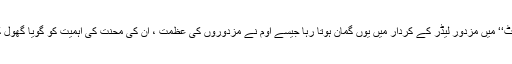
جیسے فلم’’ اگھاٹ‘‘ میں مزدور لیڈر کے کردار میں یوں گمان ہوتا رہا جیسے اوم نے مزدوروں کی عظمت ، ان کی محنت کی اہمیت کو گویا گھول کر پی رکھا ہے۔